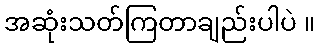
အဆုံးသတ်ကြတာချည်းပါပဲ ။